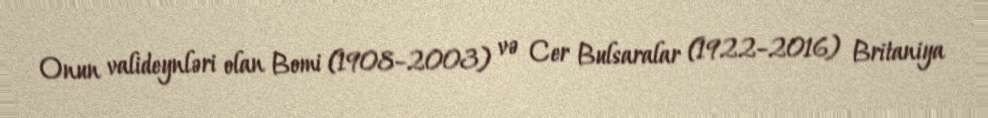
Onun valideynləri olan Bomi (1908–2003) və Cer Bulsaralar (1922–2016) Britaniya